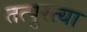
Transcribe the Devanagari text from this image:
तत्पुरत्या